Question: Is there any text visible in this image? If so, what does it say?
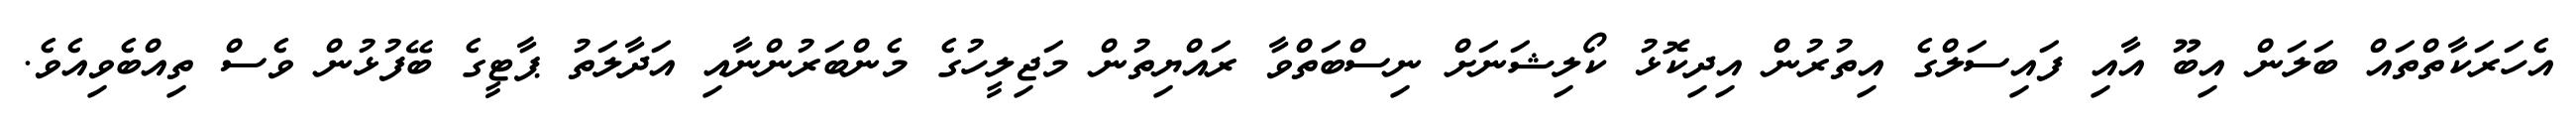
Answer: އެހަރަކާތްތައް ބަލަން އިބޫ އާއި ފައިސަލްގެ އިތުރުން އިދިކޮޅު ކޯލިޝަނަށް ނިސްބަތްވާ ރައްޔިތުން މަޖިލީހުގެ މެންބަރުންނާއި އަދާލަތު ޕާޓީގެ ބޭފުޅުން ވެސް ތިއްބެވިއެވެ.